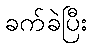
ခက်ခဲပြီး